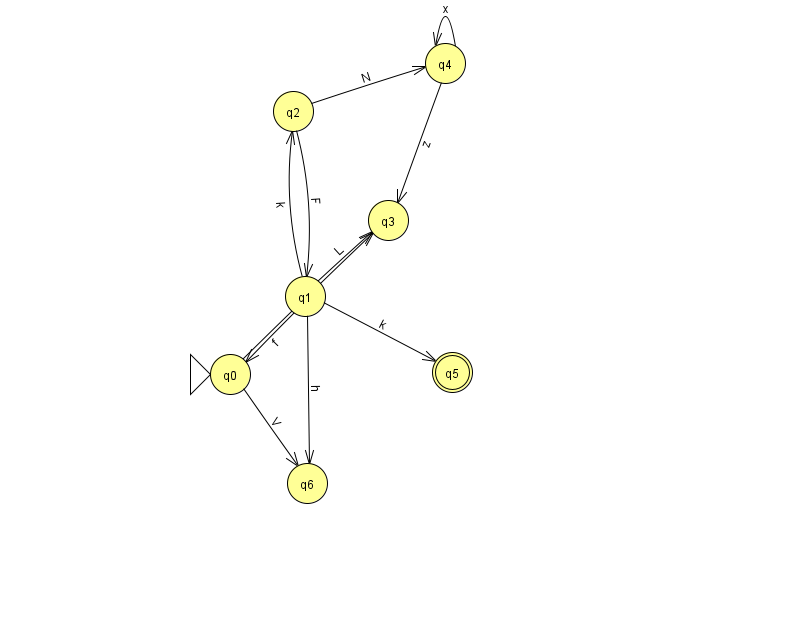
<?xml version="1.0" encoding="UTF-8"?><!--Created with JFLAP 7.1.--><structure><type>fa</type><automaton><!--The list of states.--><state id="0" name="q0"><x>230.0</x><y>361.0</y><initial/></state><state id="1" name="q1"><x>305.0</x><y>283.0</y></state><state id="2" name="q2"><x>293.0</x><y>98.0</y></state><state id="3" name="q3"><x>388.0</x><y>207.0</y></state><state id="4" name="q4"><x>445.0</x><y>50.0</y></state><state id="5" name="q5"><x>452.0</x><y>359.0</y><final/></state><state id="6" name="q6"><x>307.0</x><y>470.0</y></state><!--The list of transitions.--><transition><from>0</from><to>6</to><read>V</read></transition><transition><from>2</from><to>1</to><read>F</read></transition><transition><from>4</from><to>3</to><read>z</read></transition><transition><from>1</from><to>6</to><read>h</read></transition><transition><from>2</from><to>4</to><read>N</read></transition><transition><from>1</from><to>2</to><read>k</read></transition><transition><from>4</from><to>4</to><read>x</read></transition><transition><from>1</from><to>3</to><read>L</read></transition><transition><from>1</from><to>5</to><read>k</read></transition><transition><from>1</from><to>0</to><read>f</read></transition><transition><from>0</from><to>3</to><read>B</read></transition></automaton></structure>